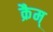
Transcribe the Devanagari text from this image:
क्रैम्